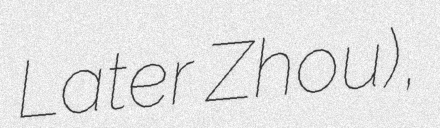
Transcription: Later Zhou),